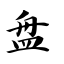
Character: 盘